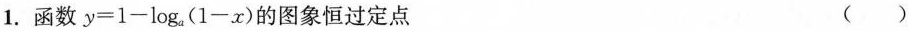
1.函数$$y = 1 - log _ { a } ( 1 - x )$$的图象恒过定点()